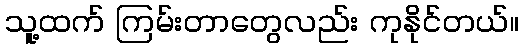
သူ့ထက် ကြမ်းတာတွေလည်း ကုနိုင်တယ်။